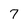
Character: 7